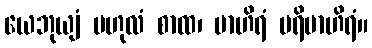
ယေဘုယျံ ဗဟုလံ စာထ၊ ဗာဟိရံ ပရိဗာဟိရံ။